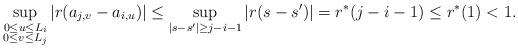
LaTeX: \begin{align*}\sup_{\substack{0\le u\le L_i\\0\le v\le L_j}} |r(a_{j,v}-a_{i,u} )|\le\sup_{|s-s'|\ge j-i-1}|r(s-s')|= r^*(j-i-1)\le r^*(1)<1.\end{align*}